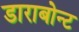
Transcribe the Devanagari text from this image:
डाराबोन्ट